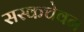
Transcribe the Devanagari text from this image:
सस्कचेवन